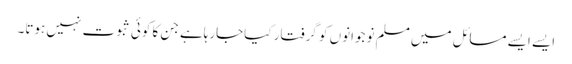
ایسے ایسے مسائل میں مسلم نوجوانوں کو گرفتار کیاجارہاہے جن کا کوئی ثبوت نہیں ہوتا۔